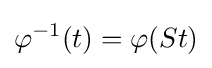
\varphi ^{-1}(t)=\varphi (St)